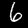
Digit: 6